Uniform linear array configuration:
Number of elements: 64
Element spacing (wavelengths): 0.5
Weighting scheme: hann
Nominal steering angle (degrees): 30
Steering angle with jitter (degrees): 30.269
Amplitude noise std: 0.05
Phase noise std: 0.05

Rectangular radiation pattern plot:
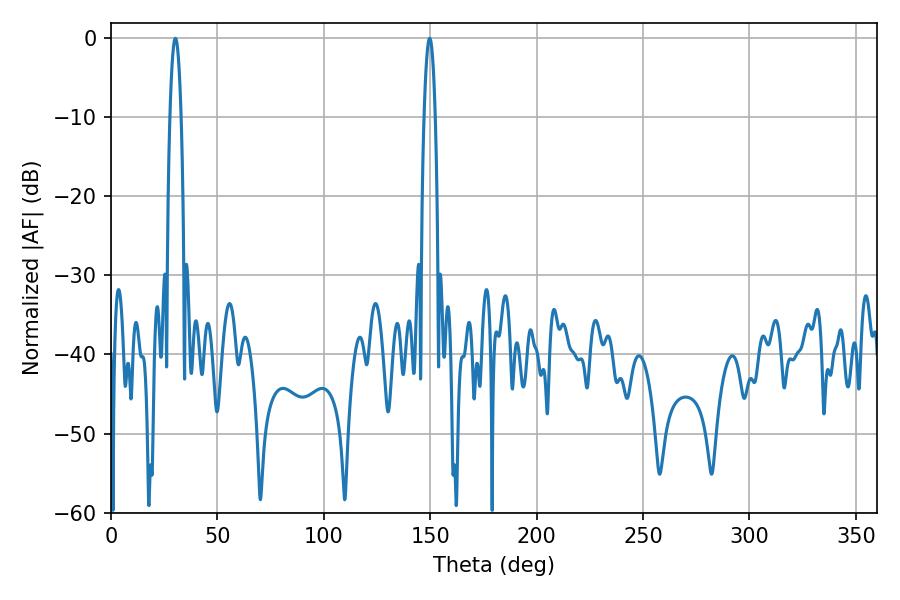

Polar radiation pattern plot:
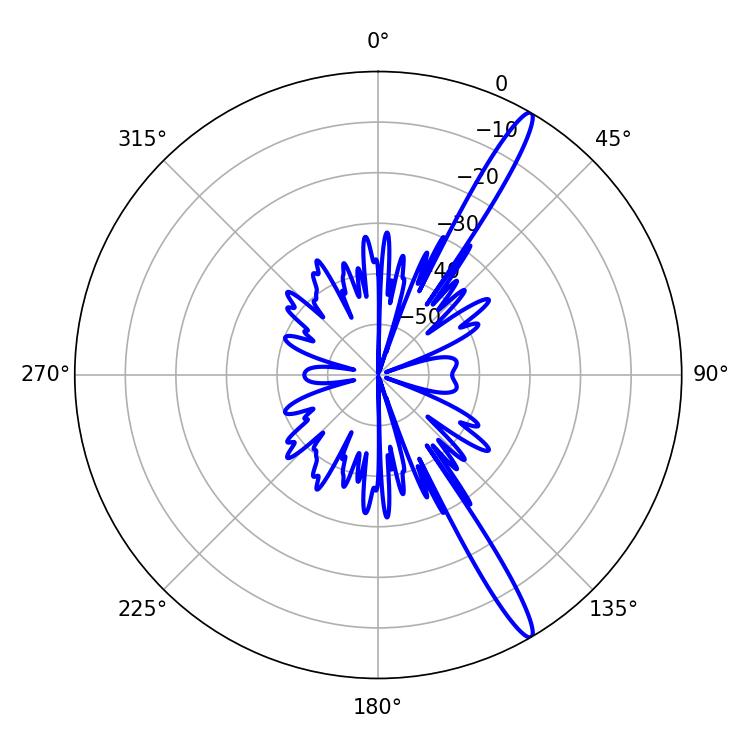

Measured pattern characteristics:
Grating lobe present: FALSE
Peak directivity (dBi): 15.558
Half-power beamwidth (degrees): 2.88
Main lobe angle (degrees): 30.24